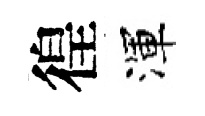
徨渾